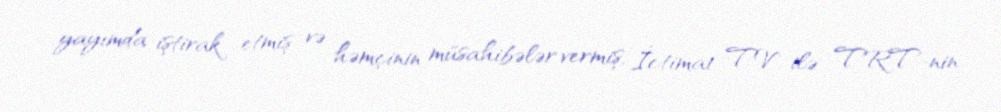
yayımda iştirak etmiş və həmçinin müsahibələr vermiş, İctimai TV ilə TRT-nin